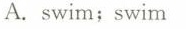
A.swim;swim